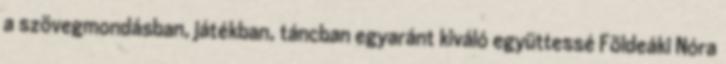
a szövegmondásban, játékban, táncban egyaránt kiváló együttessé Földeáki Nóra